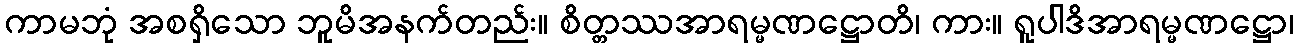
ကာမဘုံ အစရှိသော ဘူမိအနက်တည်း။ စိတ္တဿအာရမ္မဏဋ္ဌောတိ၊ ကား။ ရူပါဒိအာရမ္မဏဋ္ဌော၊